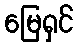
မြေရှင်